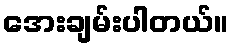
အေးချမ်းပါတယ်။